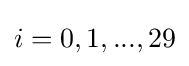
i=0,1,...,29